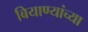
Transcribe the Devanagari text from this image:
बियाण्यांच्या